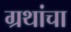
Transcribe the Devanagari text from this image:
ग्रथांचा